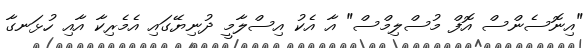
"އިނޮސެންސް އޮފް މުސްލިމްސް" އާ އެކު އިސްލާމީ ދުނިޔޭގައި އެމެރިކާ އާއި ހުޅަނގާ